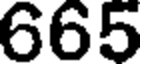
665